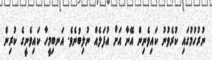
ނުރުހުމުގައި ކުރެވުނު ކައިވެނިން އޭނާ އަށް އުފަލެއް ނުލިބުނެވެ. އަނބިމީހާ ކައިވެނީގެ ކުރިން